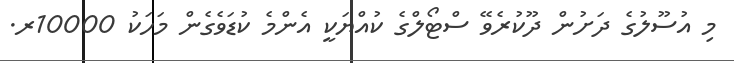
މި އުސޫލުގެ ދަށުން ދޫކުރެވޭ ސްޓޯލްގެ ކުއްޔަކީ އެންމެ ކުޑަވެގެން މަހަކު 10000ރ.